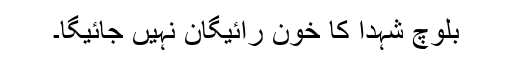
بلوچ شہدا کا خون رائیگان نہیں جائیگا۔